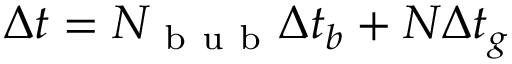
\Delta t = N _ { \mathrm { ~ b ~ u ~ b ~ } } \Delta t _ { b } + N \Delta t _ { g }